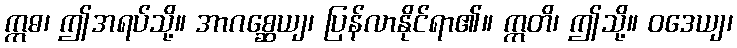
ဣဓ၊ ဤအရပ်သို့။ အာဂစ္ဆေယျ၊ ပြန်လာနိုင်ရာ၏။ ဣတိ၊ ဤသို့။ ဝဒေယျ၊